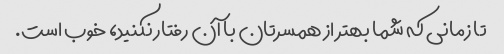
تا زمانی که شما بهتر از همسرتان با آن رفتار نکنید، خوب است.